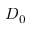
D _ { 0 }